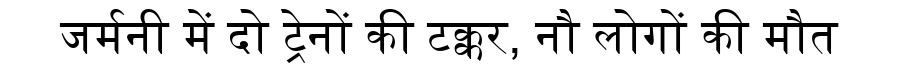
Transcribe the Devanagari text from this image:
जर्मनी में दो ट्रेनों की टक्कर, नौ लोगों की मौत